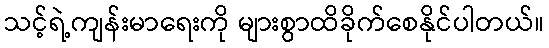
သင့်ရဲ့ကျန်းမာရေးကို များစွာထိခိုက်စေနိုင်ပါတယ်။